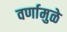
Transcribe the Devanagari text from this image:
वर्णामुळे